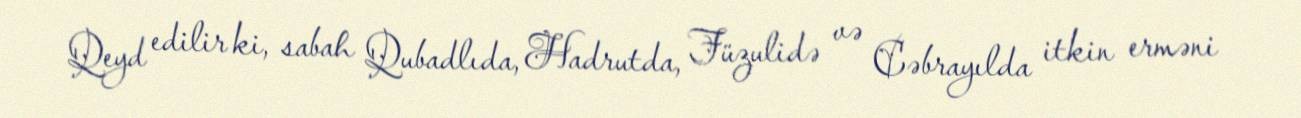
Qeyd edilir ki, sabah Qubadlıda, Hadrutda, Füzulidə və Cəbrayılda itkin erməni